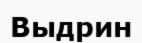
Выдрин